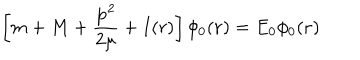
LaTeX: \left[ m + M + \frac { { \bf p } ^ { 2 } } { 2 \mu } + I ( r ) \right] \phi _ { 0 } ( { \bf r } ) = E _ { 0 } \phi _ { 0 } ( { \bf r } )